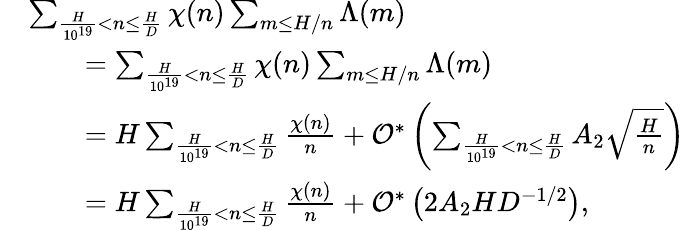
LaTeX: \begin{array}{rl}&{\sum_{\frac{H}{10^{19}}<n\leq\frac{H}{D}}\chi(n)\sum_{m\leq H/n}\Lambda(m)}\\ &{\qquad=\sum_{\frac{H}{10^{19}}<n\leq\frac{H}{D}}\chi(n)\sum_{m\leq H/n}\Lambda(m)}\\ &{\qquad=H\sum_{\frac{H}{10^{19}}<n\leq\frac{H}{D}}\frac{\chi(n)}{n}+\mathcal{O}^{*}\left(\sum_{\frac{H}{10^{19}}<n\leq\frac{H}{D}}A_{2}\sqrt{\frac{H}{n}}\right)}\\ &{\qquad=H\sum_{\frac{H}{10^{19}}<n\leq\frac{H}{D}}\frac{\chi(n)}{n}+\mathcal{O}^{*}\left(2A_{2}HD^{-1/2}\right),}\end{array}